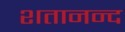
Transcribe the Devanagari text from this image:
शतानन्द